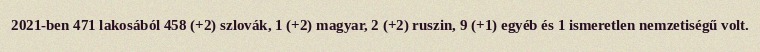
2021-ben 471 lakosából 458 (+2) szlovák, 1 (+2) magyar, 2 (+2) ruszin, 9 (+1) egyéb és 1 ismeretlen nemzetiségű volt.